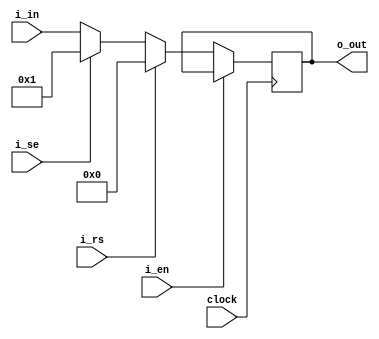
`timescale 1ns / 1ps
//////////////////////////////////////////////////////////////////////////////////
// Company: 
// Engineer: 
// 
// Design Name: 
// Module Name:    flip_flop 
// Project Name: 
// Target Devices: 
// Tool versions: 
// Description: 
//
// Dependencies: 
//
// Revision: 
// Revision 0.01 - File Created
// Additional Comments: 
//
//////////////////////////////////////////////////////////////////////////////////
module flip_flop#(parameter N=32)(
	input wire [N-1:0]i_in,
	output reg [N-1:0]o_out,
	input wire i_en,
	input wire i_rs,
	input wire i_se,
	
	input wire clock
    );
	 
 always@(posedge clock)
	 
	 begin
		 if(i_en == 0)
		 begin
			 
			 if(i_rs == 1)
			 begin
				 o_out <= 0;
			 end
			 else if(i_se == 1)
			 begin
				 o_out <= 1;
			 end
			 else
			 begin
				 o_out <= i_in;
		 end	 
	 
	 end
	 
 end
	 
	 
endmodule